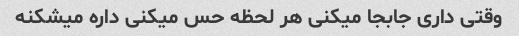
وقتی داری جابجا میکنی هر لحظه حس میکنی داره میشکنه